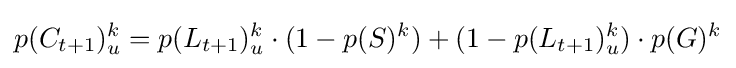
p(C_{t+1})_{u}^{k}=p(L_{t+1})_{u}^{k}\cdot (1-p(S)^{k})+(1-p(L_{t+1})_{u}^{k})\cdot p(G)^{k}